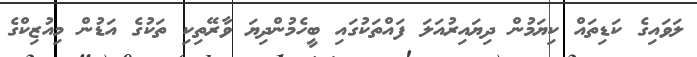
ލަވައިގެ ކަޑިތައް ކިޔަމުން ދިޔައިރުއަލަ ފައްތަކުގައި ބީހެމުންދިޔަ ވާރޭތިކި ތަކުގެ އަޑުން މިއުޒިކްގެ